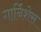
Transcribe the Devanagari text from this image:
गार्निशेस